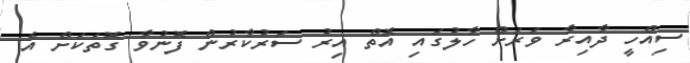
ސިއްހީ ދާއިރާ ވަރަށް ހާލުގައި އޮތް އިރު ސަރުކާރުން ފޮނުވާ ގޮތަކަށް އެ